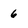
Character: 6